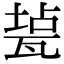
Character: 㼭